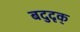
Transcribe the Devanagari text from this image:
बदुदृक्